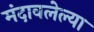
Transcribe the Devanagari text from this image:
मंदावलेल्या